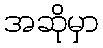
အဆိုမှာ